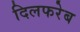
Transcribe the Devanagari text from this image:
दिलफरेब